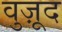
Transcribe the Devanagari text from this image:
वुज़ूद